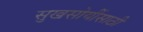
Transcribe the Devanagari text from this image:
सुखसोयींसाठी